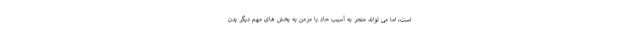
است، اما می تواند منجر به آسیب حاد یا مزمن به بخش های مهم دیگر بدن